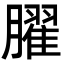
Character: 𦡱